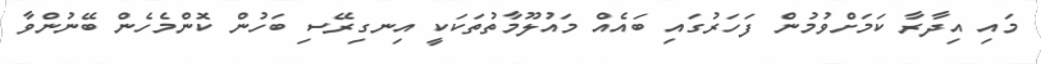
މައި އިދާރާ ކަމަށްވުމުން ފަހަރުގައި ބައެއް މައުލޫމާތުތަކަކީ އިނގިރޭސި ބަހުން ކޮންމެހެން ބޭނުންވާ